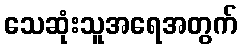
သေဆုံးသူအရေအတွက်